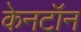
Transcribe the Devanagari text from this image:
केनटॉन